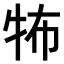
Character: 𤙅